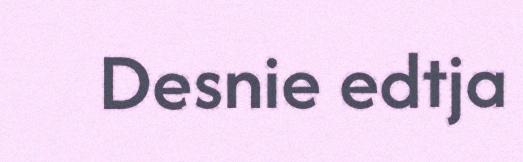
Desnie edtja